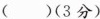
()(3分)